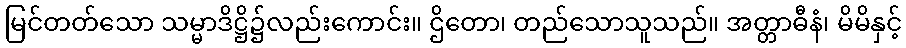
မြင်တတ်သော သမ္မာဒိဋ္ဌိ၌လည်းကောင်း။ ဌိတော၊ တည်သောသူသည်။ အတ္တာဓီနံ၊ မိမိနှင့်